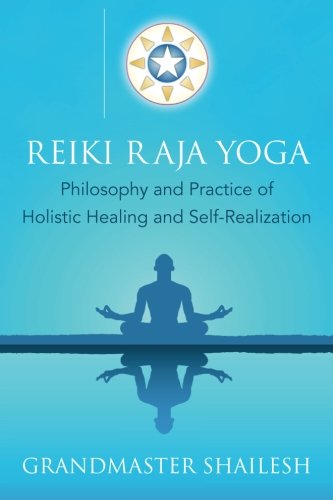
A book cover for Reiki Raja Yoga: Philosophy and Practice of Holistic Healing and Self-Realization; Grandmaster Shailesh; Health, Fitness & Dieting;